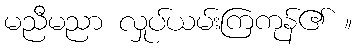
မညီမညာ လှုပ်ယမ်းကြကုန်၏ ။